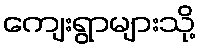
ကျေးရွာများသို့